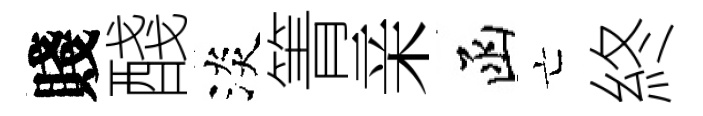
賤醆淡箐亲函亡終